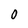
Character: 0